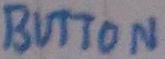
Text: BUTTON